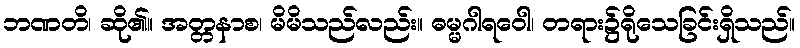
ဘဏတိ၊ ဆို၏။ အတ္တနာစ၊ မိမိသည်လည်း။ ဓမ္မဂါရဝေါ၊ တရား၌ရိုသေခြင်းရှိသည်။